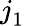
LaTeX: j_{1}^{\mathrm{~\, ~}}